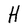
Character: H